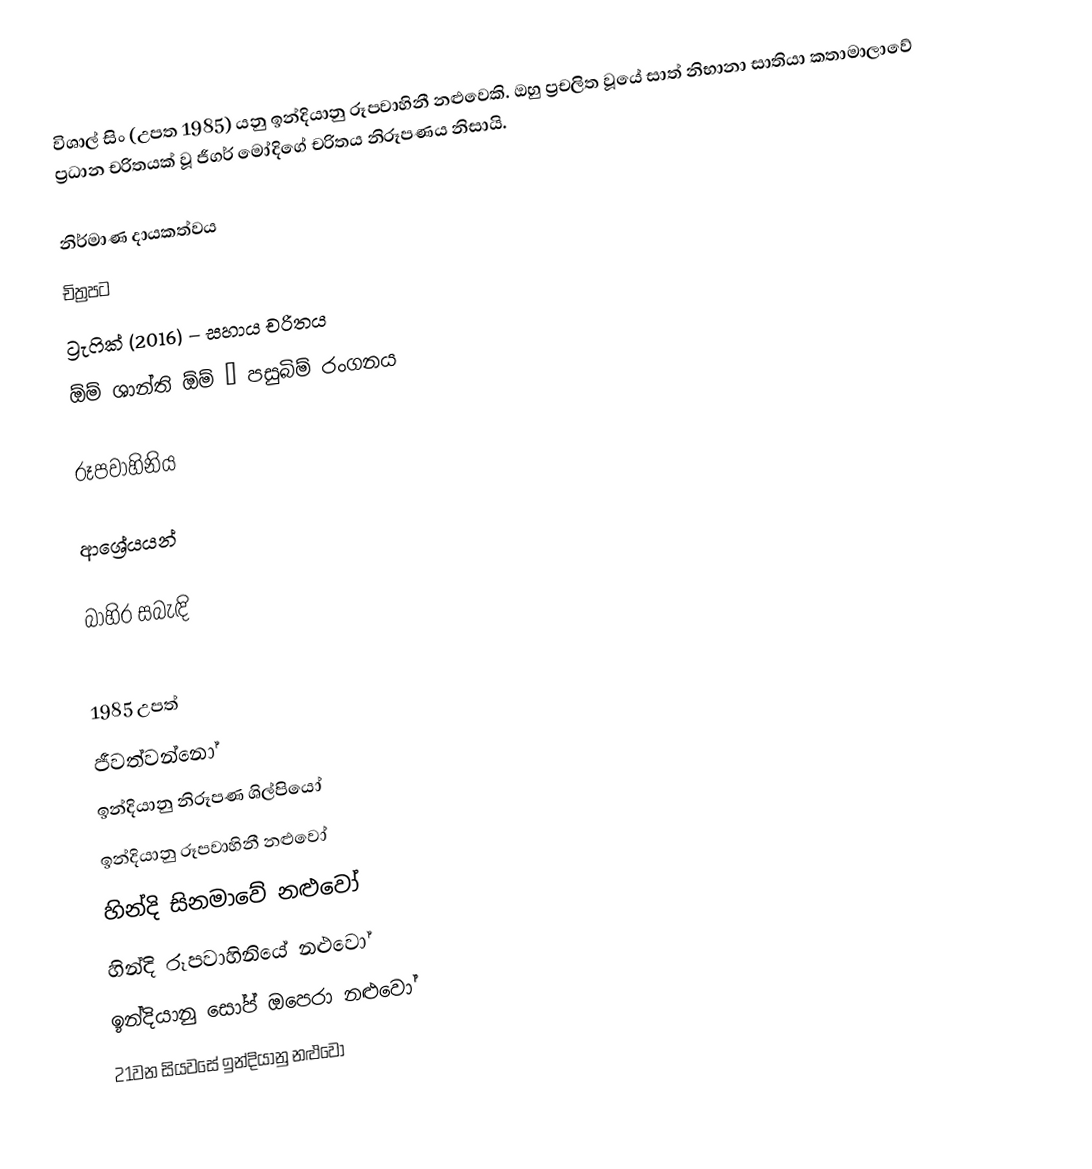
විශාල් සිං (උපත 1985) යනු ඉන්දියානු රූපවාහිනී නළුවෙකි. ඔහු ප්‍රචලිත වූයේ සාත් නිභානා සාතියා කතාමාලාවේ ප්‍රධාන චරිතයක් වූ ජීගර් මෝදිගේ චරිතය නිරූපණය නිසායි.

නිර්මාණ දායකත්වය
චිත්‍රපට
 ට්‍රැෆික් (2016) – සහාය චරිතය
 ඕම් ශාන්ති ඕම් – පසුබිම් රංගනය

රූපවාහිනිය

ආශ්‍රේයයන්

බාහිර සබැඳි

1985 උපත්
ජීවත්වන්නෝ
ඉන්දියානු නිරූපණ ශිල්පියෝ
ඉන්දියානු රූපවාහිනී නළුවෝ
හින්දි සිනමාවේ නළුවෝ
හින්දි රූපවාහිනියේ නළුවෝ
ඉන්දියානු සෝප් ඔපෙරා නළුවෝ
21වන සියවසේ ඉන්දියානු නළුවෝ